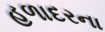
હળાદરના